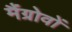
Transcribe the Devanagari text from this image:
मैंग्रोवों